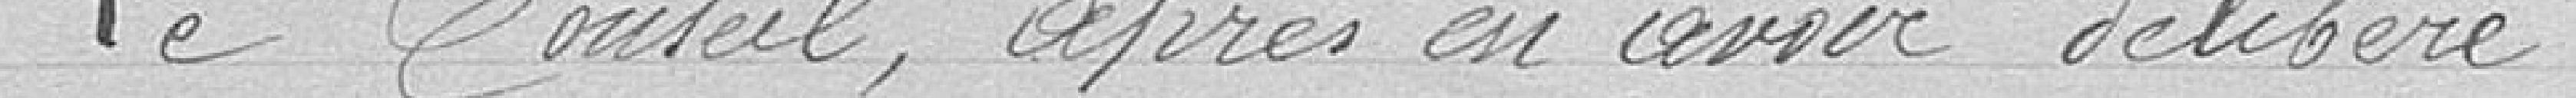
Le Conseil, après en avoir délibéré :